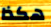
هكذا